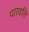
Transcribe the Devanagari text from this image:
पारवति